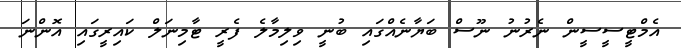
އެމްޓީސީސީން ނެރުނު ނޫސް ބަޔާނެއްގައި ބުނީ ވިލިމާލެ ފެރީ ޓާމިނަލް ކައިރީގައި އޮންނަ